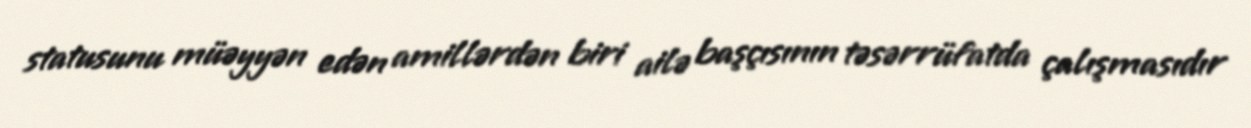
statusunu müəyyən edən amillərdən biri ailə başçısının təsərrüfatda çalışmasıdır